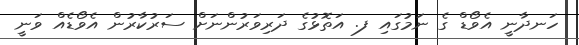
ހަނދާނީ އެވޯޑް ގެ ނަމުގައި ފ. އަތޮޅުގެ ދަރިވަރުންނަށް ސަރުކާރުން އެވޯޑެއް ވަނީ